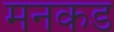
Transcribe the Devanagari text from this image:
मनकड